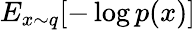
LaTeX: E_{x\sim q}[-\log p(x)]